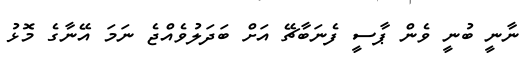
ނާނީ ބުނީ ވެން ޕާސީ ފެނަބާޗޭ އަށް ބަދަލުވެއްޖެ ނަމަ އޭނާގެ މޮޅު